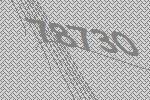
78730